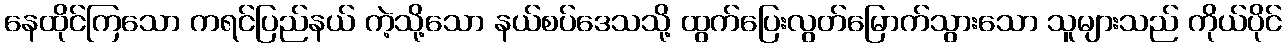
နေထိုင်ကြသော ကရင်ပြည်နယ် ကဲ့သို့သော နယ်စပ်ဒေသသို့ ထွက်ပြေးလွတ်မြောက်သွားသော သူများသည် ကိုယ်ပိုင်